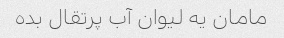
مامان یه لیوان آب پرتقال بده